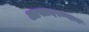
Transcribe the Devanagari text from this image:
आसादरम्यान